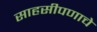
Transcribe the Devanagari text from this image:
साहसीपणाचे